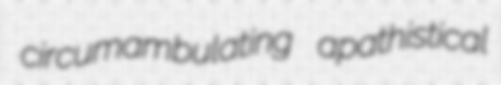
circumambulating apathistical